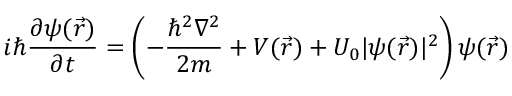
i \hbar { \frac { \partial \psi ( { \vec { r } } ) } { \partial t } } = \left( - { \frac { \hbar ^ { 2 } \nabla ^ { 2 } } { 2 m } } + V ( { \vec { r } } ) + U _ { 0 } | \psi ( { \vec { r } } ) | ^ { 2 } \right) \psi ( { \vec { r } } )